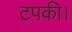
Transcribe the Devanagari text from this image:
टपकी।